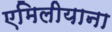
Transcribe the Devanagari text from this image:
एमिलीयाना